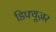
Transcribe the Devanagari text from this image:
डिफ्यूज़र